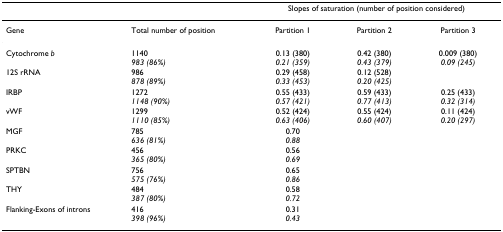
|  |  | <COLSPAN=3> Slopes of saturation (number of position considered) |
 | --- | --- | --- | --- | --- |
 | Gene | Total number of position | Partition 1 | Partition 2 | Partition 3 |
 | Cytochrome b | 1140983 (86%) | 0.13 (380)0.21 (359) | 0.42 (380)0.43 (379) | 0.009 (380)0.09 (245) |
 | 12S rRNA | 986878 (89%) | 0.29 (458)0.33 (453) | 0.12 (528)0.20 (425) |  |
 | IRBP | 12721148 (90%) | 0.55 (433)0.57 (421) | 0.59 (433)0.77 (413) | 0.25 (433)0.32 (314) |
 | vWF | 12991110 (85%) | 0.52 (424)0.63 (406) | 0.55 (424)0.60 (407) | 0.11 (424)0.20 (297) |
 | MGF | 785636 (81%) | 0.700.88 |  |  |
 | PRKC | 456365 (80%) | 0.560.69 |  |  |
 | SPTBN | 756575 (76%) | 0.650.86 |  |  |
 | THY | 484387 (80%) | 0.580.72 |  |  |
 | Flanking-Exons of introns | 416398 (96%) | 0.310.43 |  |  |